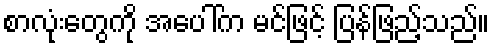
စာလုံးတွေကို အပေါ်က မင်ဖြင့် ပြန်ဖြည့်သည်။